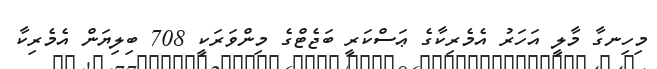
މިހިނގާ މާލީ އަހަރު އެމެރިކާގެ ޢަސްކަރީ ބަޖެޓްގެ މިންވަރަކީ 708 ބިލިޔަން އެމެރިކާ